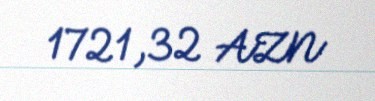
1721,32 AZN